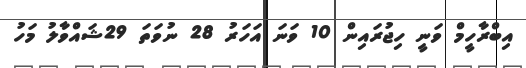
އިބްރާހީމް ވަނީ ހިޖުރައިން 10 ވަނަ އަހަރު 28 ނުވަތަ 29ޝައްވާލު މަހު